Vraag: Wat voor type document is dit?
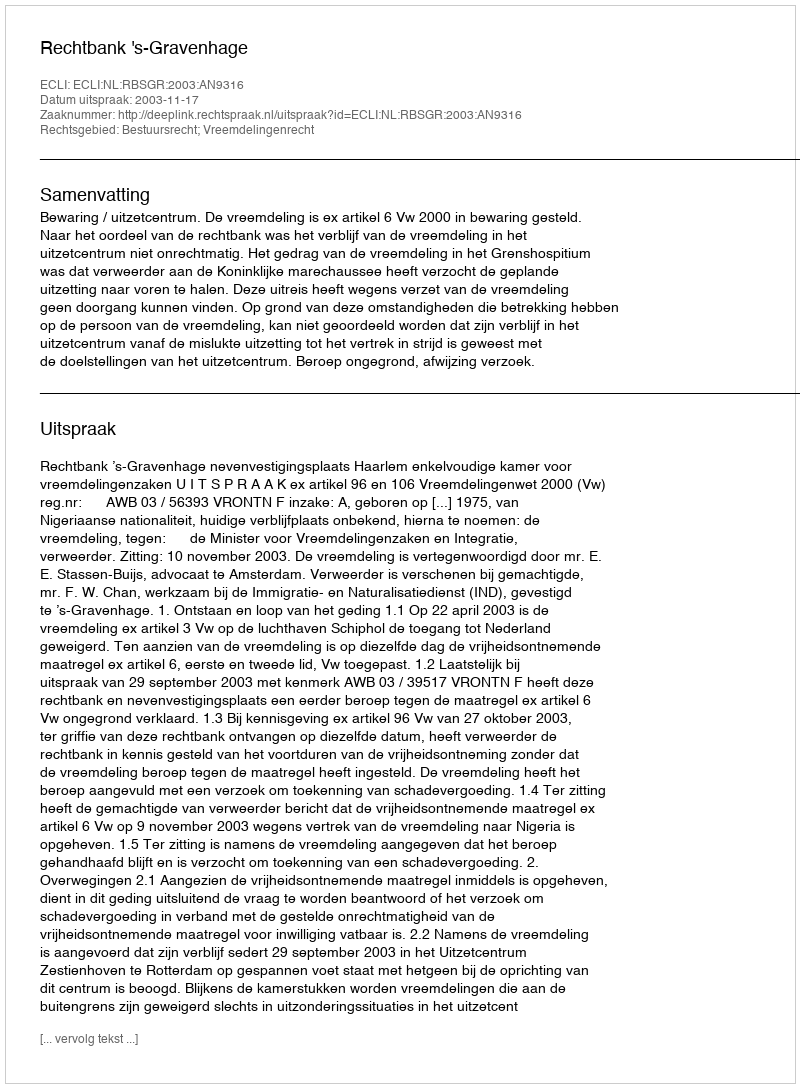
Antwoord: Uitspraak